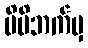
မိမိဘက်မှ